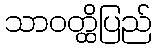
သာဝတ္ထိပြည်